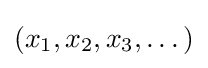
(x_{1},x_{2},x_{3},\dots )